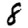
Digit: 8